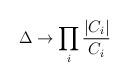
LaTeX: \begin{align*}\Delta \rightarrow \prod_i \frac{|C_i|}{C_i} \end{align*}